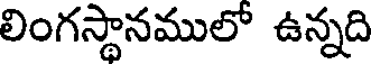
లింగస్థానములో ఉన్నది